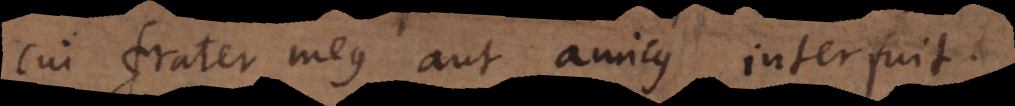
cui frater meus aut amicus interfuit.